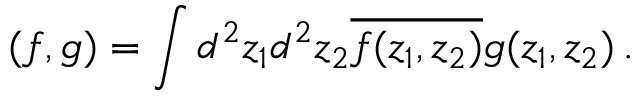
( f , g ) = \int d ^ { 2 } z _ { 1 } d ^ { 2 } z _ { 2 } \overline { { { f ( z _ { 1 } , z _ { 2 } ) } } } g ( z _ { 1 } , z _ { 2 } ) \, .